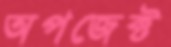
অপজেক্ট